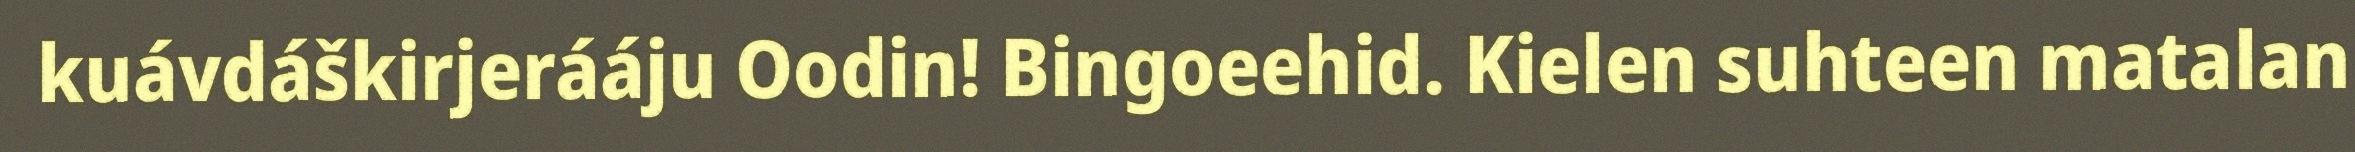
kuávdáškirjerááju Oodin! Bingoeehid. Kielen suhteen matalan